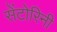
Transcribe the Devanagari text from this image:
सेंटोरिनी